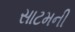
સાટમની